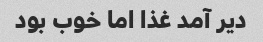
دیر آمد غذا اما خوب بود